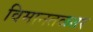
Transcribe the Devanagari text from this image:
विमानतळतर